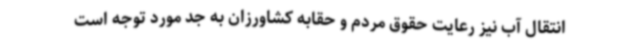
انتقال آب نیز رعایت حقوق مردم و حقابه کشاورزان به جد مورد توجه است